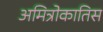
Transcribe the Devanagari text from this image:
अमित्रोकातिस